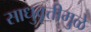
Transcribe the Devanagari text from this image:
साधुवृत्तीमुळे